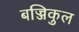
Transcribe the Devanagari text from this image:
बज्जिकुल